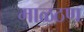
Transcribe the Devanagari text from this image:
माळठण